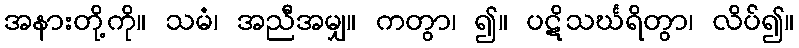
အနားတို့ကို။ သမံ၊ အညီအမျှ။ ကတွာ၊ ၍။ ပဋိသင်္ဃရိတွာ၊ လိပ်၍။